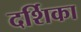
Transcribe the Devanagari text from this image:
दर्शिका